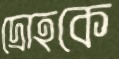
দ্রোহকে